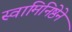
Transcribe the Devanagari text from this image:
स्वामिनिष्ठेने